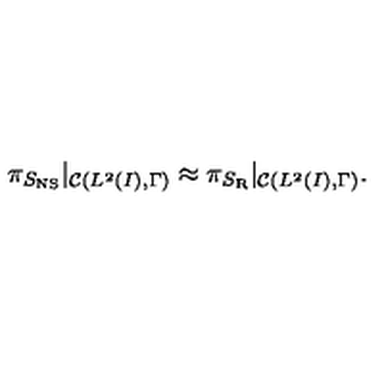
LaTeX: \pi _ { S _ { \mathrm { N S } } } | _ { { \cal C } ( L ^ { 2 } ( I ) , \Gamma ) } \approx \pi _ { S _ { \mathrm { R } } } | _ { { \cal C } ( L ^ { 2 } ( I ) , \Gamma ) } .